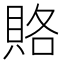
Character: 賂